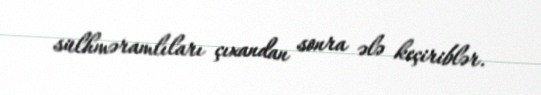
sülhməramlıları çıxandan sonra ələ keçiriblər.